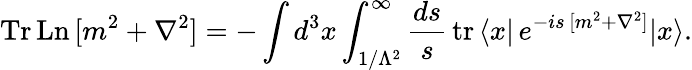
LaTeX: \mathrm{Tr\, Ln}\, [m^{2}+\nabla^{2}]=-\int d^{3}x\int_{1/\Lambda^{2}}^{\infty}\frac{ds}{s}\, \mathrm{tr}\, \langle x|\, e^{-is\, [m^{2}+\nabla^{2}]}|x\rangle.